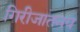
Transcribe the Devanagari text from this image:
गिरीजातनय